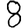
Digit: 8